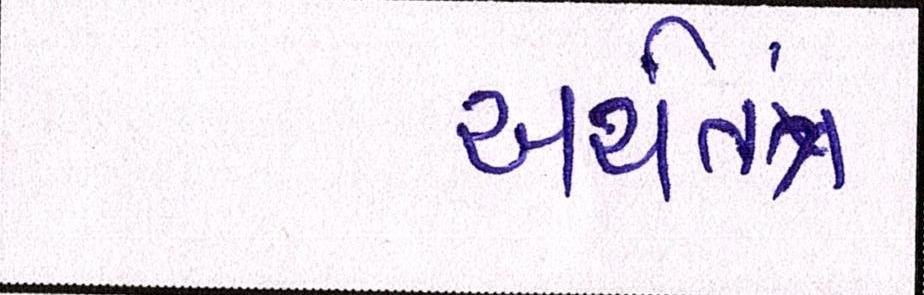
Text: અર્થતંત્ર